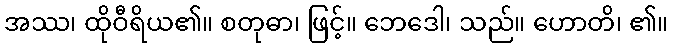
အဿ၊ ထိုဝီရိယ၏။ စတုဓာ၊ ဖြင့်။ ဘေဒေါ၊ သည်။ ဟောတိ၊ ၏။